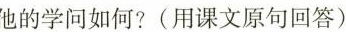
他的学问如何?(用课文原句回答)